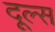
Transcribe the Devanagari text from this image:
दूल्स